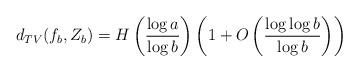
LaTeX: \begin{align*}d_{TV}(f_b,Z_b)=H\left(\frac{\log a}{\log b}\right)\left(1+O\left(\frac{\log\log b}{\log b}\right)\right)\end{align*}